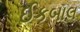
ઈકબાલ